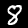
Digit: 8